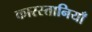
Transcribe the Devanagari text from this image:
कारस्तानियाँ